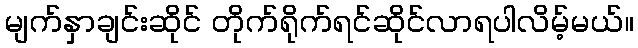
မျက်နှာချင်းဆိုင် တိုက်ရိုက်ရင်ဆိုင်လာရပါလိမ့်မယ်။